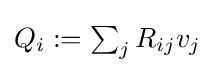
{\textstyle Q_{i}:=\sum _{j}R_{ij}v_{j}}